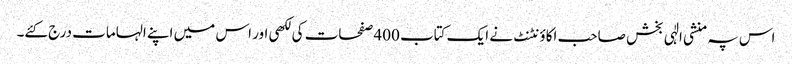
اس پہ منشی الٰہی بخش صاحب اکاؤنٹنٹ نے ایک کتاب 400 صفحات کی لکھی اور اس میں اپنے الہامات درج کئے۔